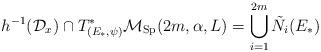
LaTeX: \begin{align*}h^{-1}(\mathcal{D}_x) \cap T_{(E_*,\psi)}^*\mathcal{M}_{\textnormal{Sp}}(2m,\alpha,L) = \bigcup_{i=1}^{2m}\tilde{N}_i(E_*)\end{align*}